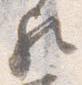
歟